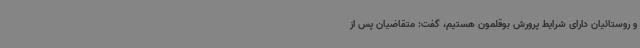
و روستائیان دارای شرایط پرورش بوقلمون هستیم، گفت: متقاضیان پس از